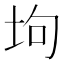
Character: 坸